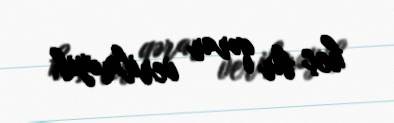
heç bir qərar verilməyib.